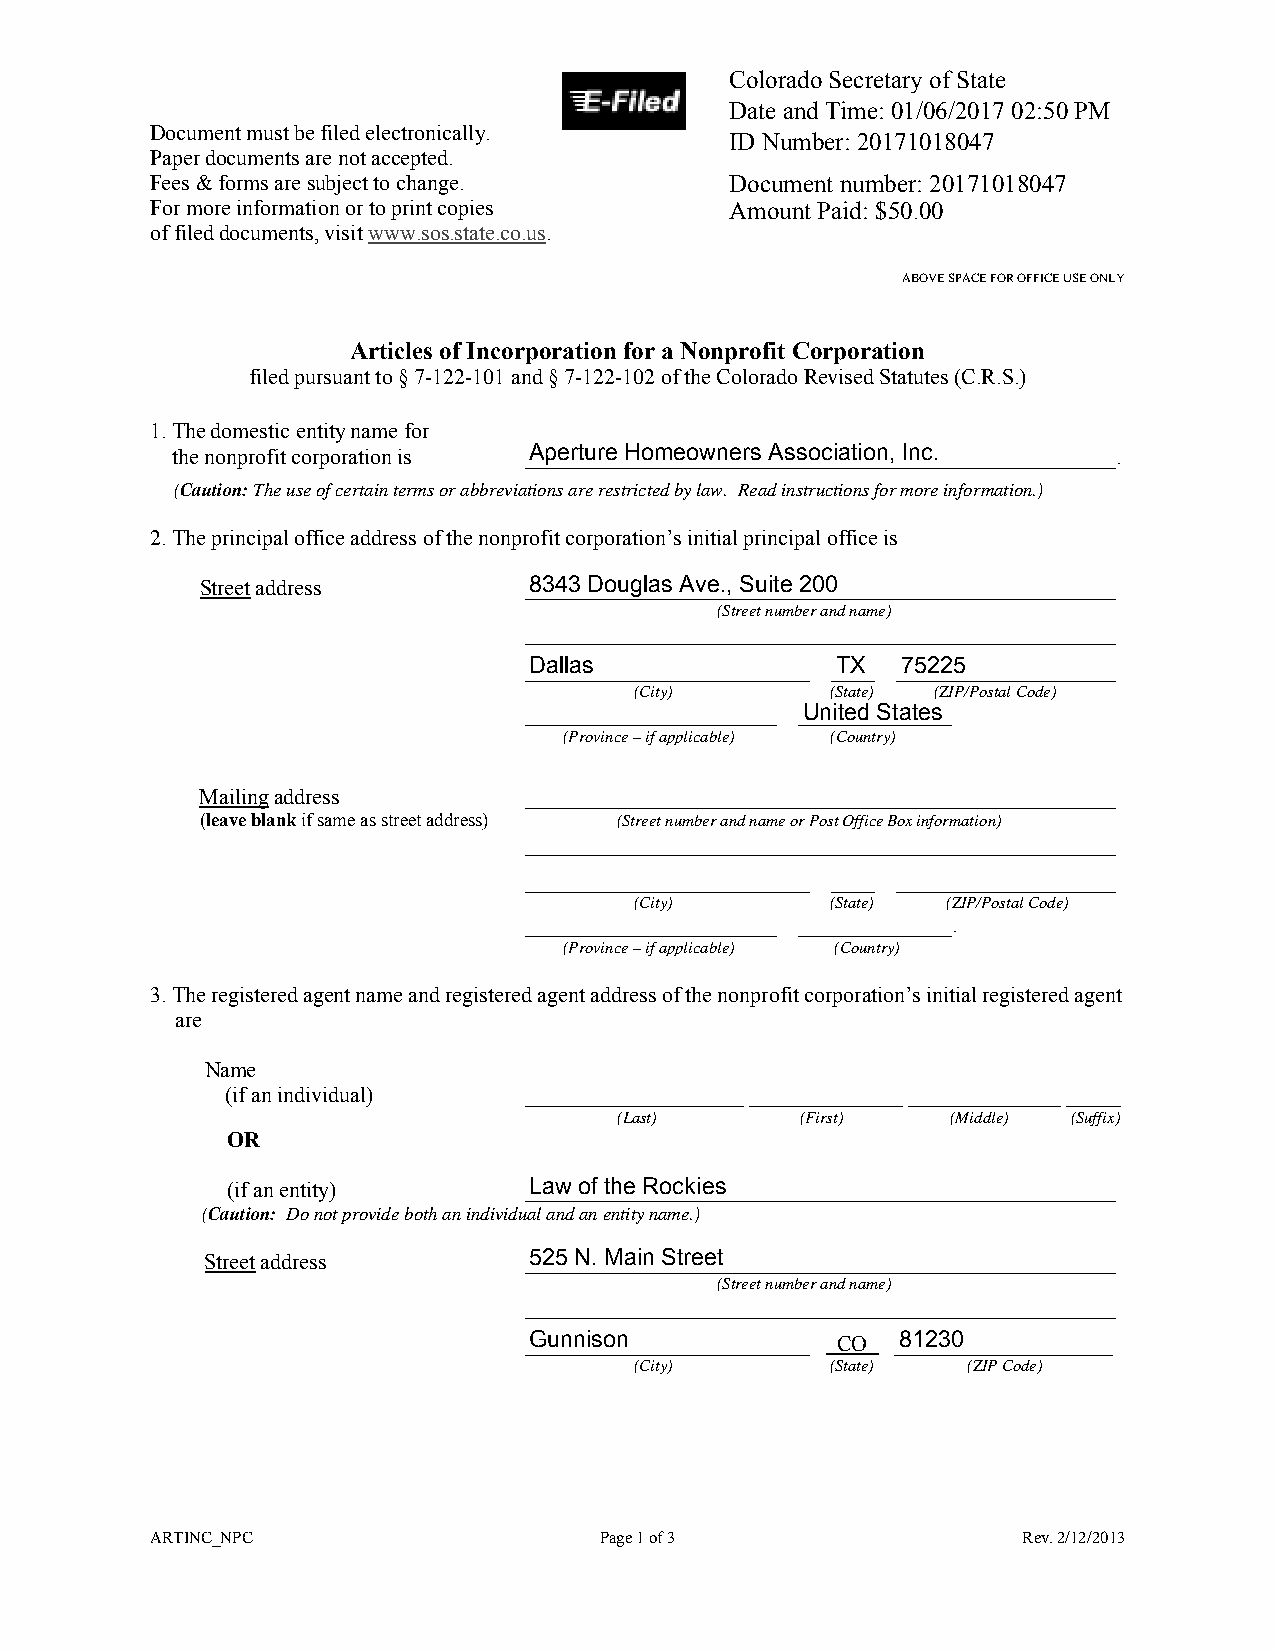
Colorado Secretary of State
 Date and Time: 01/06/2017 02:50 PM
 Document must be filed electronically.
 ID Number: 20171018047
 Paper documents are not accepted.
 Fees & forms are subject to change.   Document number: 20171018047
 For more information or to print copies Amount Paid: $50.00
 of filed documents, visit www.sos.state.co.us.
 ABOVE SPACE FOR OFFICE USE ONLY
 Articles of Incorporation for a Nonprofit Corporation
 filed pursuant to § 7-122-101 and § 7-122-102 of the Colorado Revised Statutes (C.R.S.)
 1.The domestic entity name for
 the nonprofit corporation is _A_p_e__rt_u_r_e_ _H_o_m__e_o_w__n_e_r_s_ _A_s_s_o__c_ia_t_io__n_, _In__c_.________________.
 (Caution: The use of certain terms or abbreviations are restricted by law. Read instructions for more information.)
 2.The principal office address of the nonprofit corporation’s initial principal office is
 Street address        _8_3_4_3__ D__o_u_g_l_a_s_ _A_v_e_._, _S_u__it_e_ _2_0_0__________________________
 (Street number and name)
 ______________________________________________________
 _D_a__ll_a_s____________________ _T_X__ _7_5_2_2__5______________
 (City)       (State) (ZIP/Postal Code)
 _______________________ _U_n__it_e_d_ _S_t_a_te__s_
 (Province – if applicable) (Country)
 Mailing address       ______________________________________________________
 (leave blank if same as street address) (Street number and name or Post Office Box information)
 ______________________________________________________
 __________________________ ____ ____________________
 (City)       (State) (ZIP/Postal Code)
 _______________________ ______________.
 (Province – if applicable) (Country)
 3.The registered agent name and registered agent address of the nonprofit corporation’s initial registered agent
 are
 Name
 (if an individual)  ____________________ ______________ ______________ _____
 (Last)      (First)   (Middle) (Suffix)
 OR
 (if an entity)      _L_a_w__ o__f _th_e__ R__o_c_k_i_e_s____________________________________
 (Caution: Do not provide both an individual and an entity name.)
 Street address       _5_2_5_ _N__. _M_a__in_ _S_t_r_e_e_t____________________________________
 (Street number and name)
 ______________________________________________________
 _G__u_n_n_i_s_o_n_________________ CO _8_1_2_3__0______________
 (City)       (State)  (ZIP Code)
 ARTINC_NPC                    Page 1 of 3                 Rev. 2/12/2013